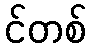
င်တစ်